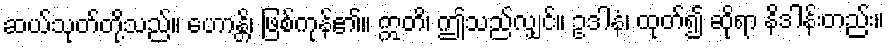
ဆယ်သုတ်တို့သည်။ ဟောန္တိ၊ ဖြစ်ကုန်၏။ ဣတိ၊ ဤသည်လျှင်။ ဥဒါနံ၊ ထုတ်၍ ဆိုရာ နိဒါန်းတည်း။